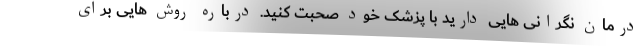
درمان نگرانی هایی دارید با پزشک خود صحبت کنید. درباره روش هایی برای